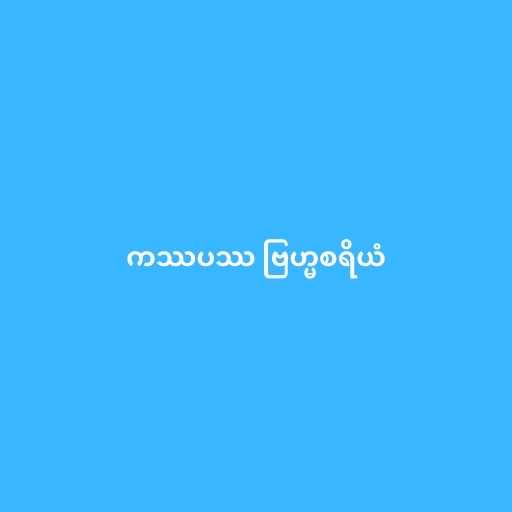
ကဿပဿ ဗြဟ္မစရိယံ